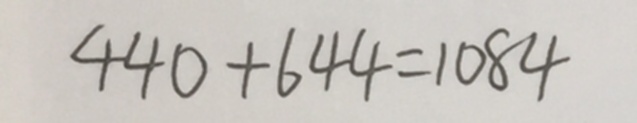
4 4 0 + 6 4 4 = 1 0 8 4